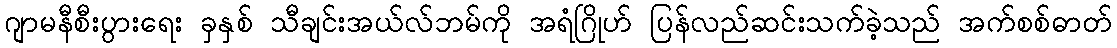
ဂျာမနီစီးပွားရေး ခှနှစ် သီချင်းအယ်လ်ဘမ်ကို အရံဂြိုဟ် ပြန်လည်ဆင်းသက်ခဲ့သည် အက်စစ်ဓာတ်